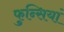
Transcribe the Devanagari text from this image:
फुन्सियां